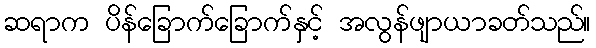
ဆရာက ပိန်ခြောက်ခြောက်နှင့် အလွန်ဖျာယာခတ်သည်။